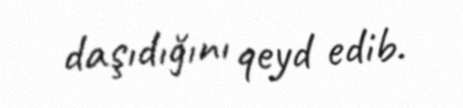
daşıdığını qeyd edib.